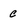
Character: c